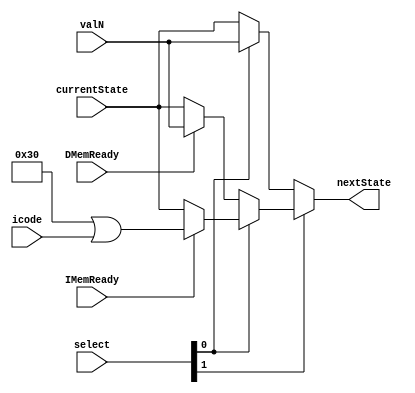
//`timescale 1ns / 1ps
//////////////////////////////////////////////////////////////////////////////////
// Company: 
// Engineer: 
// 
// Design Name: 
// Module Name: microsequencer
// Project Name: 
// Target Devices: 
// Tool Versions: 
// Description: 
// 
// Dependencies: 
// 
// Revision:
// Revision 0.01 - File Created
// Additional Comments:
// 
//////////////////////////////////////////////////////////////////////////////////


module microsequencer(
    input [5:0] currentState,
    input [1:0] select,
    input [3:0] icode,
    input [5:0] valN,
    input DMemReady,
    input IMemReady,
    output [5:0] nextState
    );
    
    wire [5:0] DMemNextState;
    wire [5:0] IMemNextState;
    /* initial begin
        nextState = 0;
    end */
    assign DMemNextState = DMemReady ? valN : currentState;
    
    assign IMemNextState = IMemReady ? (6'b110000 | icode) : currentState;
    
    /* always @ (select, currentState, valN, DMemNextState, IMemNextState) begin
        case (select)
            2'h0 : nextState = currentState;
            2'h1 : nextState = valN;
            2'h2 : nextState = DMemNextState;
            2'h3 : nextState = IMemNextState;
        endcase
    end */
    assign nextState = select[1] ? (select[0] ? IMemNextState : DMemNextState) : (select[0] ? valN : currentState);
        
    
endmodule